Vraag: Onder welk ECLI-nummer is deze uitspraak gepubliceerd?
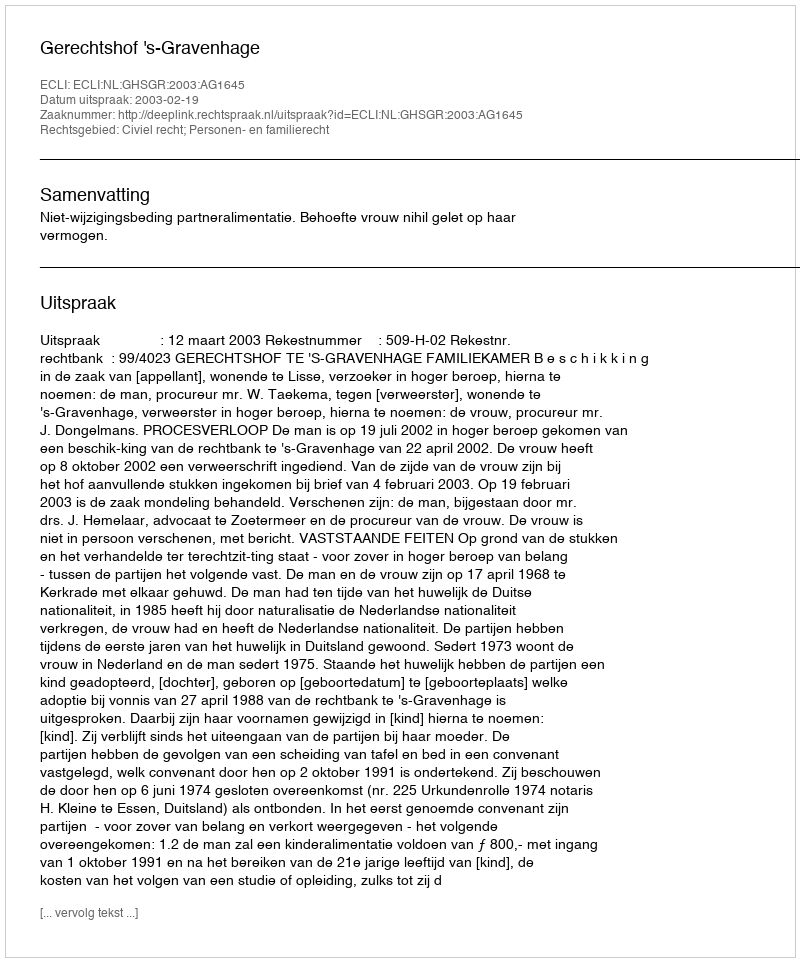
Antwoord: ECLI:NL:GHSGR:2003:AG1645